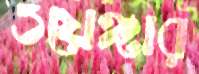
ওয়েঙ্গার